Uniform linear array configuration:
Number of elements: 48
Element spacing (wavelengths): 0.25
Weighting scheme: hann
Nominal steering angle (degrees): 30
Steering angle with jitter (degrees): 28.059
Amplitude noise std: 0.05
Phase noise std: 0.05

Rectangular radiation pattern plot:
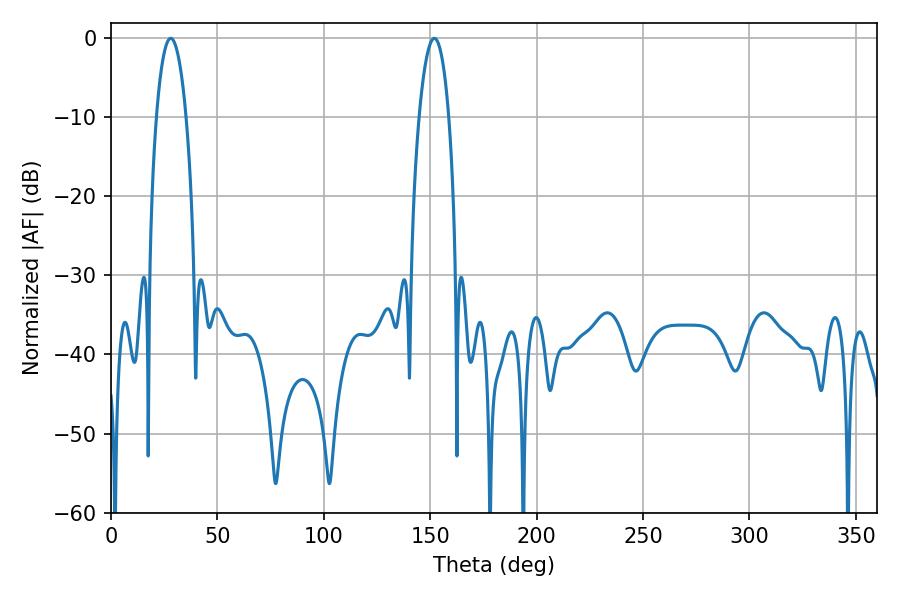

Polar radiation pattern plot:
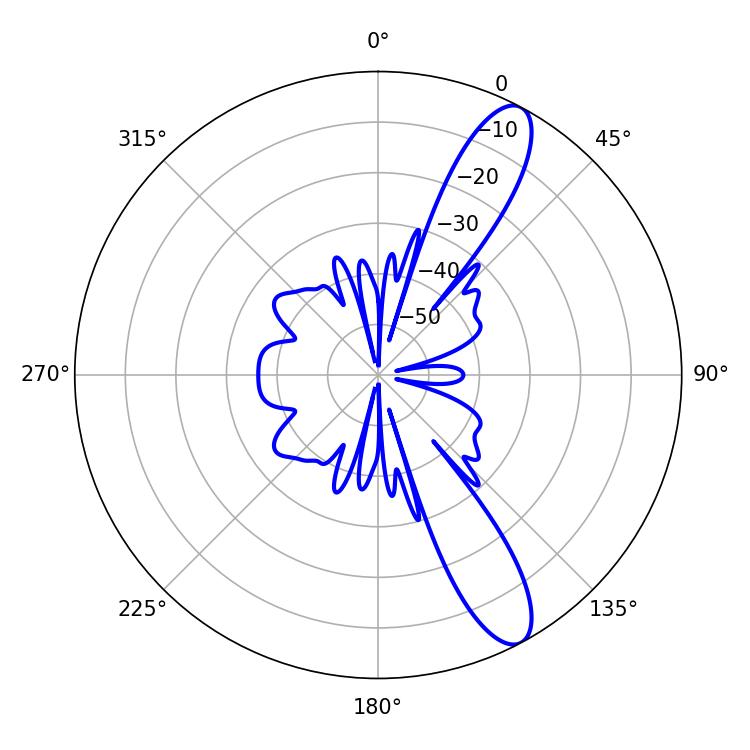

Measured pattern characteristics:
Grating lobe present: FALSE
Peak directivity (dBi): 11.651
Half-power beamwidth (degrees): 7.74
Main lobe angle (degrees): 28.08